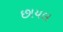
છાયલ